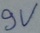
Text: 9V